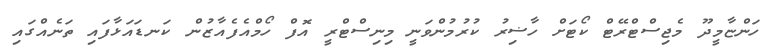
ހަންޏާމީދޫ މެޖިސްޓްރޭޓް ކޯޓަށް ހާާޟިރު ކުރުމުންވަނީ މިނިސްޓްރީ އޮފް ހޯމްއެފެއާޒުން ކަނޑައަޅާފައި ތަނެއްގައި